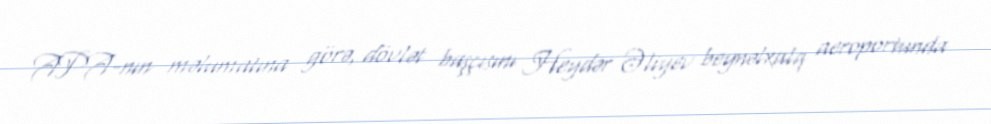
APA-nın məlumatına görə, dövlət başçısını Heydər Əliyev beynəlxalq aeroportunda